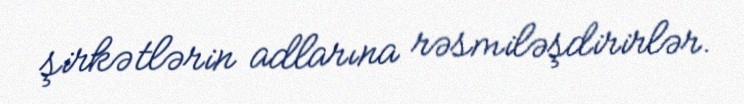
şirkətlərin adlarına rəsmiləşdirirlər.